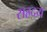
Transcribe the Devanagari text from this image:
सह्रदय